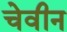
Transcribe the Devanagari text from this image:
चेवीन